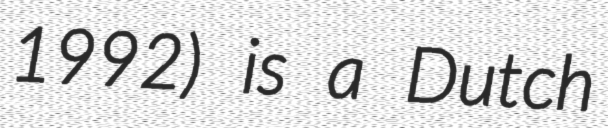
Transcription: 1992) is a Dutch